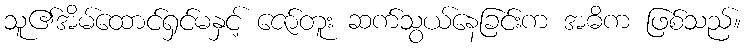
သူ၏အိမ်ထောင်ရှင်မနှင့် ဇော်တူး ဆက်သွယ်နေခြင်းက အဓိက ဖြစ်သည်။